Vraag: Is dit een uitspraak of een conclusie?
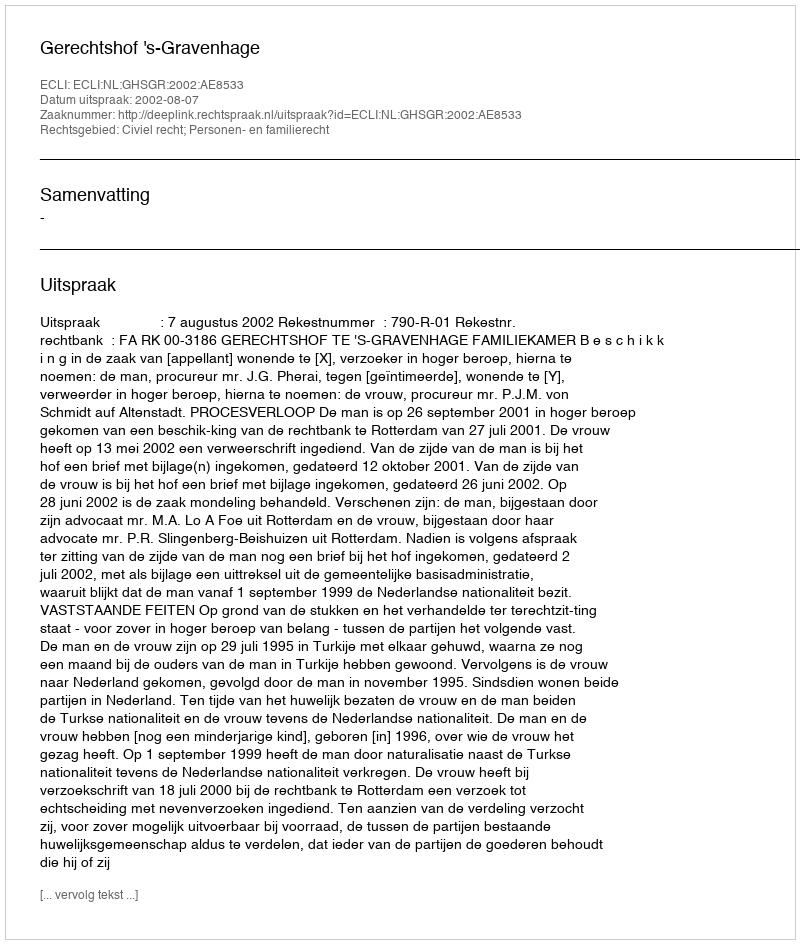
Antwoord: Uitspraak